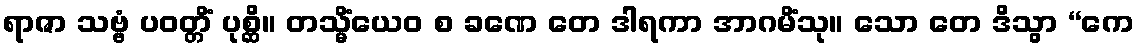
ရာဇာ သဗ္ဗံ ပဝတ္တိံ ပုစ္ဆိ။ တသ္မိံယေဝ စ ခဏေ တေ ဒါရကာ အာဂမိံသု။ သော တေ ဒိသွာ “ကေ